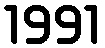
1991